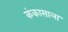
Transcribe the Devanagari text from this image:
कंकासाला